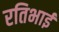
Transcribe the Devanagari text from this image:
रतिभाई